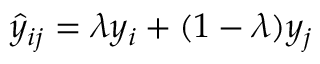
\hat { y } _ { i j } = \lambda y _ { i } + ( 1 - \lambda ) y _ { j }